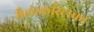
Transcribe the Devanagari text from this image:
मैलाकाँस्ट्राका